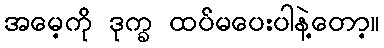
အမေ့ကို ဒုက္ခ ထပ်မပေးပါနဲ့တော့။